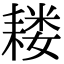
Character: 耧